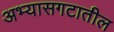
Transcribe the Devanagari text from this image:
अभ्यासगटातील